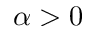
\alpha > 0